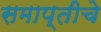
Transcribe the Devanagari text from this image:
समाप्तीचे